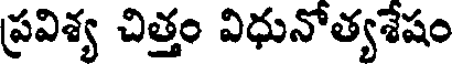
ప్రవిశ్య చిత్తం విధునోత్యశేషం